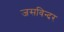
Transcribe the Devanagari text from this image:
जसविन्दर